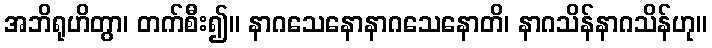
အဘိရုဟိတွာ၊ တက်စီး၍။ နာဂသေနောနာဂသေနောတိ၊ နာဂသိန်နာဂသိန်ဟု။